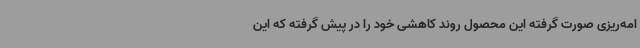
امه‌ریزی صورت گرفته این محصول روند کاهشی خود را در پیش گرفته که این